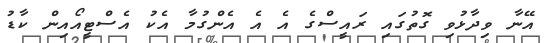
އޭނާ ވިދާޅުވި ގޮތުގައި ރައީސްގެ އެ އެ އެންގުމާ އެކު އެސްޓީއޯއިން ކާޑު